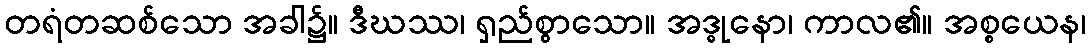
တရံတဆစ်သော အခါ၌။ ဒီဃဿ၊ ရှည်စွာသော။ အဒ္ဓုနော၊ ကာလ၏။ အစ္စယေန၊